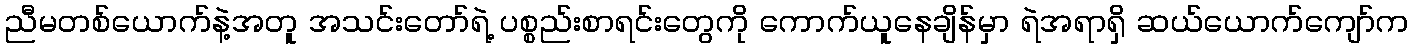
ညီမတစ်ယောက်နဲ့အတူ အသင်းတော်ရဲ့ ပစ္စည်းစာရင်းတွေကို ကောက်ယူနေချိန်မှာ ရဲအရာရှိ ဆယ်ယောက်ကျော်က